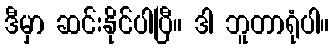
ဒီမှာ ဆင်းနိုင်ပါပြီ။ ဒါ ဘူတာရုံပါ။